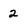
Character: 2